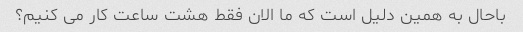
باحال به همین دلیل است که ما الان فقط هشت ساعت کار می کنیم؟